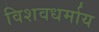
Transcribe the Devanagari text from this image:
विशवधर्माय